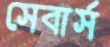
সেবার্স